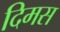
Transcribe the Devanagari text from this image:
दिमस